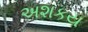
અશકય